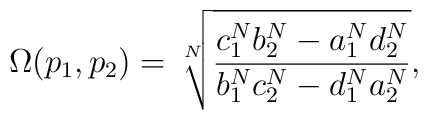
\Omega(p_{1},p_{2}) = \sqrt[N]{\frac{c_{1}^{N}b_{2}^{N} -a_{1}^{N}d_{2}^{N}}{b_{1}^{N}c_{2}^{N} - d_{1}^{N}a_{2}^{N}}},